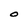
Character: O